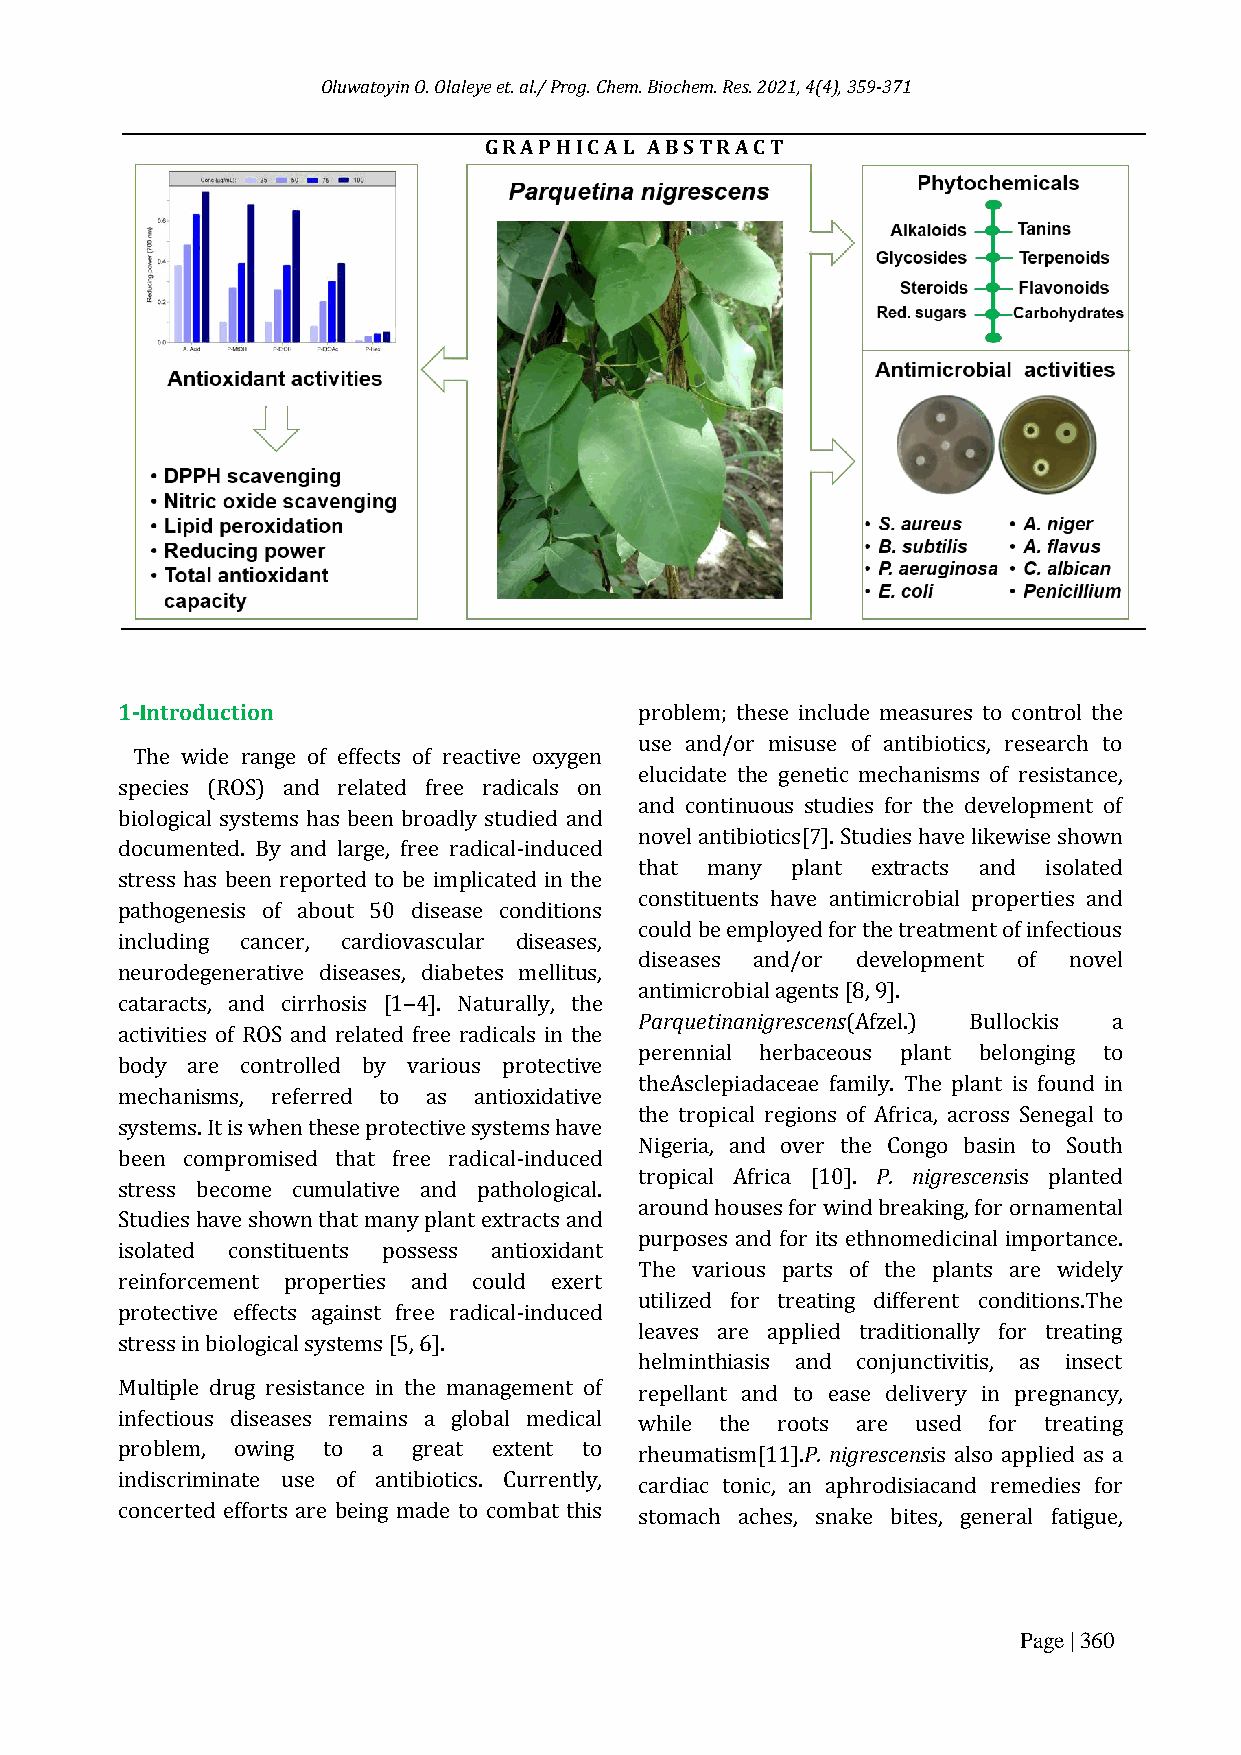
Oluwatoyin O. Olaleye et. al./ Prog. Chem. Biochem. Res. 2021, 4(4), 359-371
 G R A P H I C A L A B S T R A C T
 1-Introduction                    problem; these include measures to control the
 use and/or misuse of antibiotics, research to
 The wide range of effects of reactive oxygen
 elucidate the genetic mechanisms of resistance,
 species (ROS) and related free radicals on
 and continuous studies for the development of
 biological systems has been broadly studied and
 novel antibiotics[7]. Studies have likewise shown
 documented. By and large, free radical-induced
 that many plant extracts and isolated
 stress has been reported to be implicated in the
 constituents have antimicrobial properties and
 pathogenesis of about 50 disease conditions
 could be employed for the treatment of infectious
 including cancer, cardiovascular diseases,
 diseases and/or development of novel
 neurodegenerative diseases, diabetes mellitus,
 antimicrobial agents [8, 9].
 cataracts, and cirrhosis [1‒4]. Naturally, the
 Parquetinanigrescens(Afzel.) Bullockis a
 activities of ROS and related free radicals in the
 perennial herbaceous plant belonging to
 body are controlled by various protective
 theAsclepiadaceae family. The plant is found in
 mechanisms, referred to as antioxidative
 the tropical regions of Africa, across Senegal to
 systems. It is when these protective systems have
 Nigeria, and over the Congo basin to South
 been compromised that free radical-induced
 tropical Africa [10]. P. nigrescensis planted
 stress become cumulative and pathological.
 around houses for wind breaking, for ornamental
 Studies have shown that many plant extracts and
 purposes and for its ethnomedicinal importance.
 isolated constituents possess antioxidant
 The various parts of the plants are widely
 reinforcement properties and could exert
 utilized for treating different conditions.The
 protective effects against free radical-induced
 leaves are applied traditionally for treating
 stress in biological systems [5, 6].
 helminthiasis and conjunctivitis, as insect
 Multiple drug resistance in the management of repellant and to ease delivery in pregnancy,
 infectious diseases remains a global medical while the roots are used for treating
 problem, owing to a great extent to rheumatism[11].P. nigrescensis also applied as a
 indiscriminate use of antibiotics. Currently, cardiac tonic, an aphrodisiacand remedies for
 concerted efforts are being made to combat this stomach aches, snake bites, general fatigue,
 Page | 360